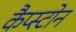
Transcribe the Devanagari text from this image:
कैप्स्टोन